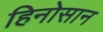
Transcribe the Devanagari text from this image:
हिनोसान